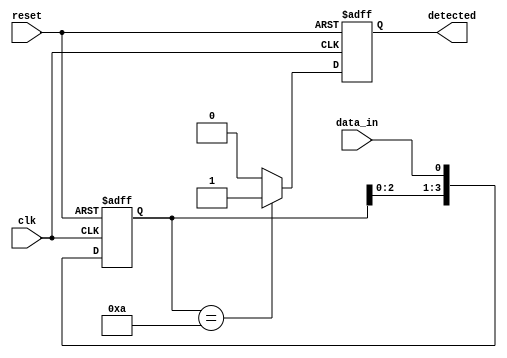
module pattern_detector #(
    parameter PATTERN_LENGTH = 4,
    parameter PATTERN = 4'b1010 // The pattern to be detected (can be adjusted)
)(
    input wire clk,         // Clock signal
    input wire reset,       // Reset signal
    input wire data_in,     // Input data stream
    output reg detected      // Output signal indicating the pattern detection
);

    // Internal flip-flops to store the input data
    reg [PATTERN_LENGTH - 1 : 0] shift_reg;

    // On reset, clear the shift register
    always @(posedge reset or posedge clk) begin
        if (reset) begin
            shift_reg <= 0;
            detected <= 0;
        end else begin
            // Shift the register and capture the input data
            shift_reg <= {shift_reg[PATTERN_LENGTH - 2 : 0], data_in};

            // Check for pattern match
            if (shift_reg == PATTERN) begin
                detected <= 1; // Pattern detected
            end else begin
                detected <= 0; // No match
            end
        end
    end
endmodule